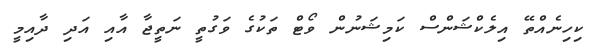
ކިހިނެއްތޭ އިލެކްޝަންސް ކަމިޝަނުން ވޯޓް ތަކުގެ ވަގުތީ ނަތީޖާ އާއި އަދި ދާއިމީ